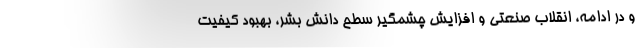
و در ادامه، انقلاب صنعتی و افزایش چشمگیر سطح دانش بشر، بهبود کیفیت